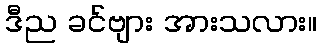
ဒီည ခင်ဗျား အားသလား။